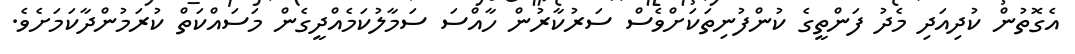
އެގޮތުން ކުދިއަދި މެދު ފަންތީގެ ކުންފުނިތަކަށްވެސް ސަރުކާރުން ހާއްސަ ސަމާލުކަމެއްދީގެން މަސައްކަތް ކުރަމުންދާކަމަށެވެ.